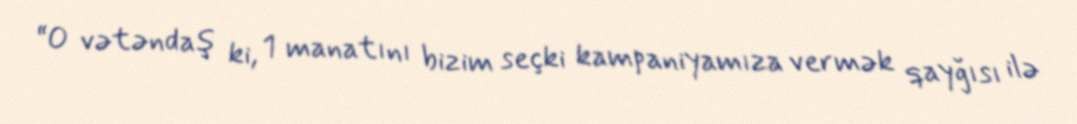
“O vətəndaş ki, 1 manatını bizim seçki kampaniyamıza vermək qayğısı ilə